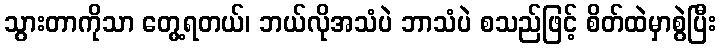
သွားတာကိုသာ တွေ့ရတယ်၊ ဘယ်လိုအသံပဲ ဘာသံပဲ စသည်ဖြင့် စိတ်ထဲမှာစွဲပြီး